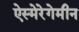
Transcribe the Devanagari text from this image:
ऐस्मेरेगेमीन